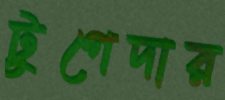
টুগেদার